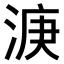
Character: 𣷄